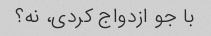
با جو ازدواج کردی، نه؟